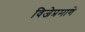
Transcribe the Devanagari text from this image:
विजेप्रमाणे